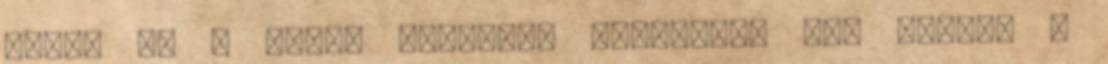
Csaba és a Forte Társulat vakmerően néz szembe a